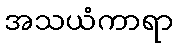
အသယံကာရာ